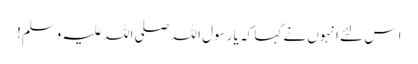
ا س لئے انہوں نے کہا کہ یا رسول اللہ صلی اللہ علیہ وسلم!